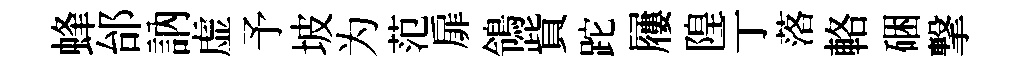
蜂邰訥虚予坡为范扉鴒貲跎屨隍亍落輅硱撃